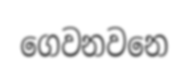
ගෙවනවනෙ